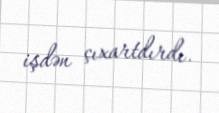
işdən çıxartdırdı.